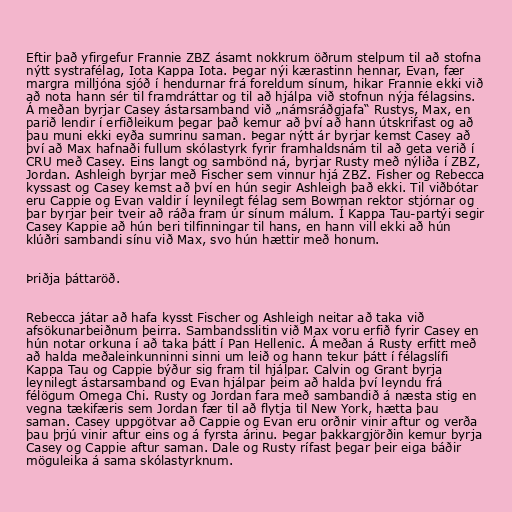
Eftir það yfirgefur Frannie ZBZ ásamt nokkrum öðrum stelpum til að stofna
nýtt systrafélag, Iota Kappa Iota. Þegar nýi kærastinn hennar, Evan, fær
margra milljóna sjóð í hendurnar frá foreldum sínum, hikar Frannie ekki við
að nota hann sér til framdráttar og til að hjálpa við stofnun nýja félagsins.
Á meðan byrjar Casey ástarsamband við „námsráðgjafa“ Rustys, Max, en
parið lendir í erfiðleikum þegar það kemur að því að hann útskrifast og að
þau muni ekki eyða sumrinu saman. Þegar nýtt ár byrjar kemst Casey að
því að Max hafnaði fullum skólastyrk fyrir framhaldsnám til að geta verið í
CRU með Casey. Eins langt og sambönd ná, byrjar Rusty með nýliða í ZBZ,
Jordan. Ashleigh byrjar með Fischer sem vinnur hjá ZBZ. Fisher og Rebecca
kyssast og Casey kemst að því en hún segir Ashleigh það ekki. Til viðbótar
eru Cappie og Evan valdir í leynilegt félag sem Bowman rektor stjórnar og
þar byrjar þeir tveir að ráða fram úr sínum málum. Í Kappa Tau-partýi segir
Casey Kappie að hún beri tilfinningar til hans, en hann vill ekki að hún
klúðri sambandi sínu við Max, svo hún hættir með honum.

Þriðja þáttaröð.

Rebecca játar að hafa kysst Fischer og Ashleigh neitar að taka við
afsökunarbeiðnum þeirra. Sambandsslitin við Max voru erfið fyrir Casey en
hún notar orkuna í að taka þátt í Pan Hellenic. Á meðan á Rusty erfitt með
að halda meðaleinkunninni sinni um leið og hann tekur þátt í félagslífi
Kappa Tau og Cappie býður sig fram til hjálpar. Calvin og Grant byrja
leynilegt ástarsamband og Evan hjálpar þeim að halda því leyndu frá
félögum Omega Chi. Rusty og Jordan fara með sambandið á næsta stig en
vegna tækifæris sem Jordan fær til að flytja til New York, hætta þau
saman. Casey uppgötvar að Cappie og Evan eru orðnir vinir aftur og verða
þau þrjú vinir aftur eins og á fyrsta árinu. Þegar þakkargjörðin kemur byrja
Casey og Cappie aftur saman. Dale og Rusty rífast þegar þeir eiga báðir
möguleika á sama skólastyrknum.